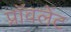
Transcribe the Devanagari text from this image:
प्रॉवलेंट